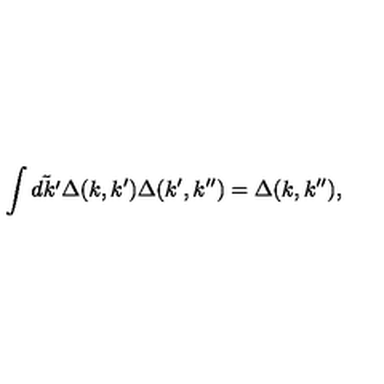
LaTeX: \int \tilde { d k ^ { \prime } } \Delta ( k , k ^ { \prime } ) \Delta ( k ^ { \prime } , k ^ { \prime \prime } ) = \Delta ( k , k ^ { \prime \prime } ) ,